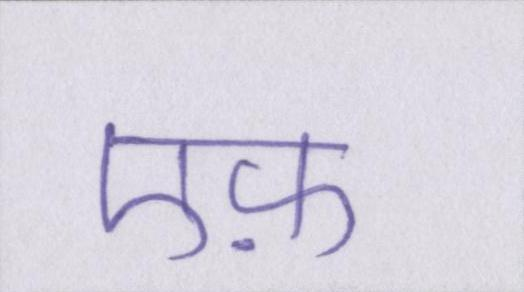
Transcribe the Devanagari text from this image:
एफ़